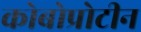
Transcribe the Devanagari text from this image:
कोबोप्रोटीन